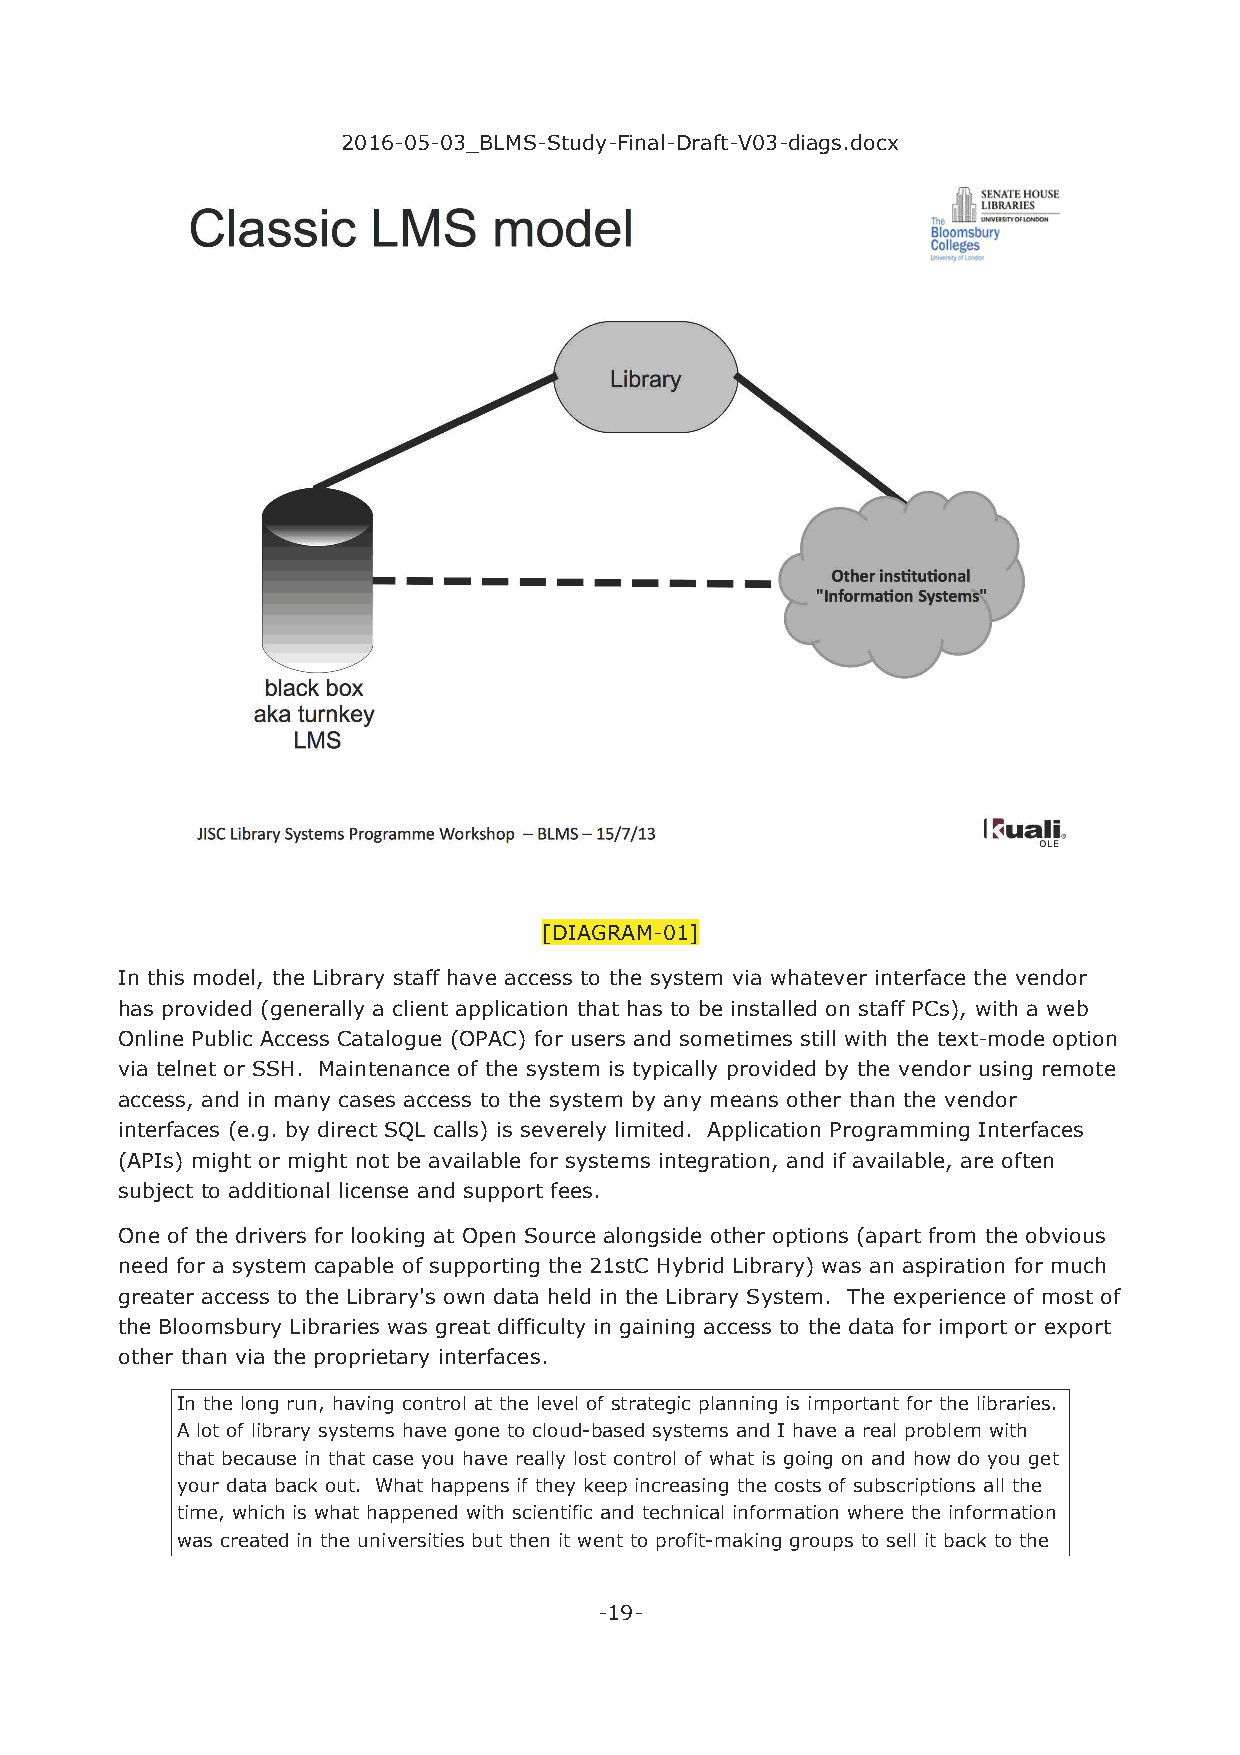
2016-05-03_BLMS-Study-Final-Draft-V03-diags.docx
 [DIAGRAM-01]
 In this model, the Library staff have access to the system via whatever interface the vendor
 has provided (generally a client application that has to be installed on staff PCs), with a web
 Online Public Access Catalogue (OPAC) for users and sometimes still with the text-mode option
 via telnet or SSH. Maintenance of the system is typically provided by the vendor using remote
 access, and in many cases access to the system by any means other than the vendor
 interfaces (e.g. by direct SQL calls) is severely limited. Application Programming Interfaces
 (APIs) might or might not be available for systems integration, and if available, are often
 subject to additional license and support fees.
 One of the drivers for looking at Open Source alongside other options (apart from the obvious
 need for a system capable of supporting the 21stC Hybrid Library) was an aspiration for much
 greater access to the Library's own data held in the Library System. The experience of most of
 the Bloomsbury Libraries was great difficulty in gaining access to the data for import or export
 other than via the proprietary interfaces.
 In the long run, having control at the level of strategic planning is important for the libraries.
 A lot of library systems have gone to cloud-based systems and I have a real problem with
 that because in that case you have really lost control of what is going on and how do you get
 your data back out. What happens if they keep increasing the costs of subscriptions all the
 time, which is what happened with scientific and technical information where the information
 was created in the universities but then it went to profit-making groups to sell it back to the
 -19-